Vaccination in the Punjab 1905-1918 - 1905-1918
Year: 1905
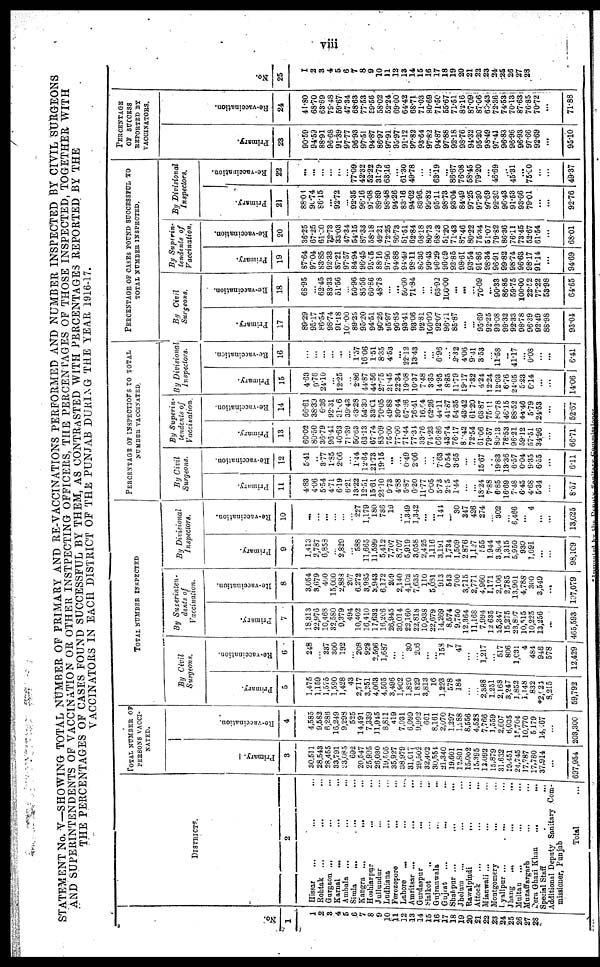
viii
STATEMENT No.V—SHOWING TOTAL NUMBER OF PRIMARY AND RE-VACCINATIONS PERFORMED AND NUMBER INSPECTED BY CIVIL SURGEONS
AND SUPERINTENDENTS OF VACCINATION OR OTHER INSTPECTING OFFICERS, THE PERCENTAGES OF THOSE INSPECTED, TOGETHER WITH
THE PERCENTAGES OF CASES FOUND SUCCESSFUL BY THEM, AS CONTRASTED WITH PERCENTAGES REPORTED BY THE
VACCINATORS
IN EACH DISTRICT OF THE PUNJAB DURING THE YEAR 1916-17.
No
1
1
2
3
4
5
6
7
8
9
10
11
12
13
14
15
16
17
18
19
20
21
22
23
24
25
26
27
28
DISTRICTS.
2
Hissar ... ... ...
Rohtak
... ... ...
Gurgaon ... ... ...
Karnal ... ... ...
Ambala ... ... ...
Simla ... ... ...
Kangra ... ... ...
Hoshiarpur ... ... ...
Jullundur ... ... ...
Ludhiana ... ... ...
Ferozepore ... ... ...
Lahore ... ... ...
Amritsar ... ... ...
Gurdaspur ... ... ...
Sialkot ... ... ...
Gujranwala ... ... ...
Gujrat ... ... ...
Shahpur ... ... ...
Jhelum ... ... ...
Rawalpindi ... ... ...
Attock ... ... ...
Mianwali ... ... ...
Montgomery ... ... ...
Lyallpur ... ... ...
Jhang ... ... ...
Multan ... ... ...
Muzaffargarh ... ... ...
Dera Ghazi Khan ... ... ...
Special Staff ... ... ...
Additional Deputy Sanitary Com-
missioner, Punjab
Total ...
TOTAL NUMBER OF
PERSONS VACCI¬
NATED.
Primary.
3
30,511
28,543
28,455
33,791
23,085
692
20,547
25,995
26,030
19,505
35,927
38,979
31,017
29,502
32,402
30,554
21,340
19,601
12,801
15,002
15,395
13,092
15,879
31,632
19,451
24,745
17,787
17,780
37,914
...
697,954
Re-vaccination.
4
4,585
9,582
6,286
16,249
9,298
525
14,491
7,339
11,945
8,811
419
7,031
6,099
9,992
661
8,161
2,070
1,297
1,288
8,556
4,528
7,766
1,559
2,607
6,035
l5,704
10,770
5,179
14,167
...
203,300
TOTAL NUMBER INSPECTED
By Civil
Surgeons.
Primary.
5
1,475
1,159
1,575
1,590
1,428
43
2,717
3,251
4,063
4,505
3,496
1,902
1,820
1,829
3,813
16
1,223
578
184
...
...
2,388
1,251
2,168
8,247
1,852
1,148
832
*2,622
8,215
59,792
Re-vaccination.
6
248
...
237
300
192
...
208
928
2,596
1,687
...
...
30
206
...
...
158
7
47
...
...
1,217
...
517
806
1,031
4
484
948
578
12,429
By Superinten¬
dents of
Vaccination.
Primary.
7
18,313
22,976
10,468
32,580
9,379
494
10,402
16,410
17,632
16,206
26,945
30,014
22,160
22,818
10,938
22,679
14,269
8,574
9,750
12,364
11,168
7,994
12,635
25,347
15,275
23,807
10,515
10,225
13,256
...
465,593
Re-vaccination.
8
3,054
8,679
400
15,000
2,888
207
6,272
3,985
3,943
6,172
209
2,140
4,102
7,635
110
5,081
913
543
700
3,715
2,771
4,960
1,171
2,106
2,785
13,901
4,788
300
3,549
...
107,079
By Divisional
Inspectors.
Primary.
9
1,413
2,787
6,853
...
2,829
...
588
11,665
11,599
5,412
7,707
8,707
5,919
3,058
2,425
1,116
3,191
1,734
1,509
2,876
1,127
555
1,944
3,864
1,315
5,950
930
1,091
...
...
98,109
Re-vaccination.
10
...
...
...
...
...
...
227
1,179
180
786
19
...
1,349
1,342
...
...
144
...
30
347
426
274
...
302
...
6,466
...
4
...
...
13,625
PERCENTAGE OF INSPECTIONS TO TOTAL
NUMBER VACCINATED
By Civil
Surgeons.
Primary.
11
4.83
4.06
5.54
4.71
6.19
6.21
13.22
12.51
15.61
23.10
9.73
4.88
5.87
6.20
11.77
0.05
5.73
2.95
1.44
...
...
18.24
7.88
6.85
16.69
7.48
6.45
4.68
5.34
...
8.57
Re-vaccination.
12
5.41
...
3.77
1.85
2.06
... 1.44
12.64
21.73
19.15
...
...
0.49
2.06
...
...
7.63
0.54
3.65
...
...
15.67
...
19.83
13.36
6.57
0.04
9.35
6.55
...
6.11
By Superin-
tendents of
Vaccination.
Primary.
13
60.02
80.50
36.79
96.41
40.63
71.39
50.63
63.13
67.74
83.09
75.00
77.00
71.44
77.34
33.76
74.23
66.86
43.74
76.17
82.42
72.54
61.06
79.57
80.13
78.53
96.21
59.12
57.51
34.96
...
66.71
Re-vaccination.
14
66.61
38.39
6.36
92.31
91.06
39.43
43.28
54.30
33.01
70.05
49.88
30.44
67.26
76.41
16.64
62.26
44.11
41.87
54.35
43.42
61.20
63.87
75.11
86.78
46.15
88.52
44.46
5.79
24.58
...
52.67
By Divisional
inspectors.
Primary.
15
4.63
9.76
24.10
...
12.25
... 2.86
44.87
44.56
27.76
21.45
22.34
19.08
10.37
7.48
3.65
14.95
8.85
11.79
19.17
7.32
4.24
12.24
12.03
6.76
24.05
5.23
6.14
...
...
14.06
Re-vaccination.
16
...
...
...
...
...
...
1.57
16.06
1.51
8.35
4.53
...
22.12
13.43
...
...
6.96
...
2.32
4.06
9.41
3.53
...
11.58
...
41.17
...
0.08
...
...
6.41
PERCENTAGE OF CASES FOUND SUCCESSFUL TO
TOTAL NUMBER INSPECTED.
By Civil
Surgeons.
Primary.
17
89.29
95.17
86.54
98.74
91.18
100.00
89.25
95.20
94.51
90.26
95.87
96.85
98.41
93.06
92.81
100.00
92.07
96.71
85.87
...
...
95.69
92.25
93.08
99.32
92.33
98.78
96.39
92.49
88.98
93.04
Re-vaccination.
18
68.95
...
62.45
83.33
51.56
50.96
85.56
60.86
48.78
...
...
50.00
71.84
...
...
63.92
100.00
...
...
...
70.09
...
90.33
86.85
59.75
100.00
22.52
77.22
53.98
64.65
By Superin¬
tendents of
Vaccination.
Primary.
19
87.64
97.04
83.85
92.33
87.21
97.57
84.94
96.45
95.05
88.16
97.90
94.88
94.49
98.11
86.36
99.43
96.29
96.09
93.85
98.61
93.54
91.86
98.34
96.91
99.82
98.74
96.63
98.17
91.14
...
94.69
Re-vaccination.
20
36.25
67.25
61.00
72.73
33.03
47.34
54.15
87.33
58.18
49.21
72.25
86.73
51.51
62.84
68.18
80.73
68.23
51.20
71.43
87.46
80.22
75.34
51.07
79.82
86.36
76.11
73.45
52.67
61.54
...
68.01
By Divisional
Inspectors.
Primary.
21
88.01
90.74
86.15
...
92.72
...
92.35
96.16
97.08
89.89
98.48
94.26
83.16
94.02
83.96
99.82
95.11
98.73
93.04
84.49
97.25
97.30
97.69
92.30
96.43
91.53
93.66
79.01
...
...
92.76
Re-vaccination.
22
...
...
...
...
...
...
77.09
42.32
52.22
31.79
63.16
...
61.30
49.78
...
...
68.19
...
86.67
76.08
58.45
79.20
...
46.69
...
45.31
...
75.00
...
...
49.37
PERCENTAGE
OF SUCCESS
REPORTED BY
VACCINATORS.
Primary.
23
90.59
94.59
88.91
96.68
91.39
97.77
96.93
97.51
94.87
86.97
97.91
95.97
91.12
97.82
93.64
97.82
94.87
97.88
92.18
98.76
94.32
95.20
98.49
97.41
96.83
96.96
96.93
97.66
92.69
...
95.10
Re-vaccination.
24
41.80
63.70
63.69
79.48
59.67
47.34
68.63
77.53
59.58
58.02
52.24
69.00
64.42
68.71
71.03
80.69
71.50
55.67
71.51
82.16
87.09
87.06
60.43
72.36
74.53
70.13
87.63
76.85
70.72
...
71.88
No.
25
1
2
3
4
5
6
7
8
9
10
11
12
13
14
15
16
17
18
19
20
21
22
23
24
25
26
27
28